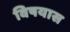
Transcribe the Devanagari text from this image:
विषयास